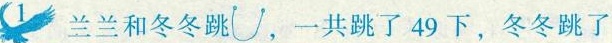
兰兰和冬冬跳 ，一共跳了49下，冬冬跳了